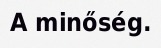
A minőség.